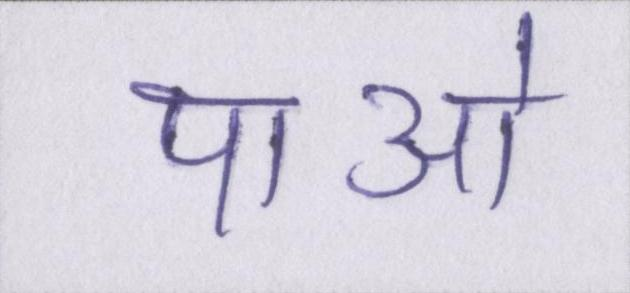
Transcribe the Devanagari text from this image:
पाओ